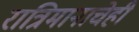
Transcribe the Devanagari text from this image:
रात्रिमानाचेही